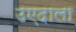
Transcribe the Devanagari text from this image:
उएदाला